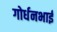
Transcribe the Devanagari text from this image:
गोर्धनभाई